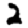
Digit: 2